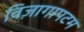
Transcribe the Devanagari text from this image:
विज़ागापटम